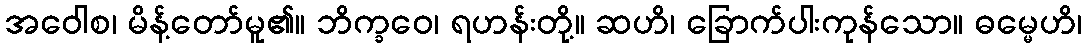
အဝေါစ၊ မိန့်တော်မူ၏။ ဘိက္ခဝေ၊ ရဟန်းတို့။ ဆဟိ၊ ခြောက်ပါးကုန်သော။ ဓမ္မေဟိ၊